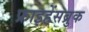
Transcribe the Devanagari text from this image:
फ्राइहेंसब्रुक